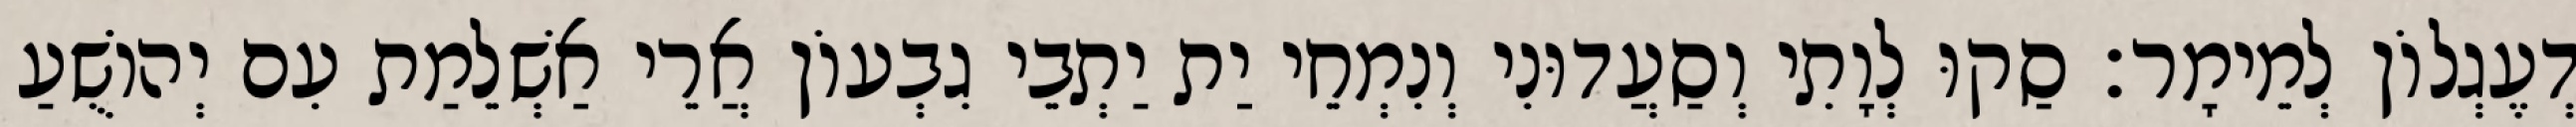
דְעֶגְלוֹן לְמֵימָר׃ סַקוּ לְוָתִי וְסַעֲדוּנִי וְנִמְחֵי יַת יַתְבֵי גִבְעוֹן אֲרֵי אַשְׁלֵמַת עִם יְהוֹשֻׁעַ